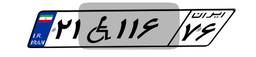
۳۰W۸۵۲۶۳